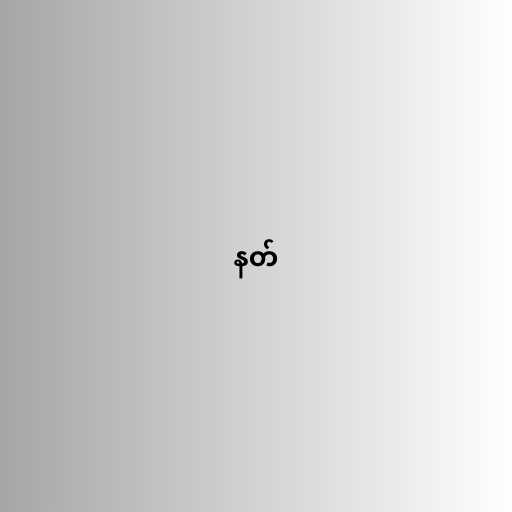
နတ်